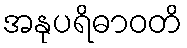
အနုပရိဓာဝတိ